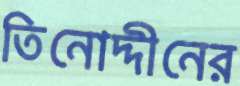
তিনোদ্দীনের